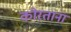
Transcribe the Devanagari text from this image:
कोरताना